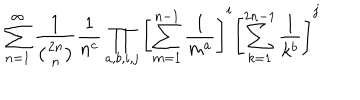
\sum _ { n = 1 } ^ { \infty } \frac { 1 } { \left( 2 n \atop n \right) } \frac { 1 } { n ^ { c } } \prod _ { a , b , i , j } \left[ \sum _ { m = 1 } ^ { n - 1 } \frac { 1 } { m ^ { a } } \right] ^ { i } \left[ \sum _ { k = 1 } ^ { 2 n - 1 } \frac { 1 } { k ^ { b } } \right] ^ { j }